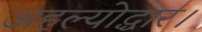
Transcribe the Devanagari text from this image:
अहल्योद्धार।